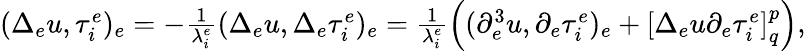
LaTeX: \begin{array}{r}{(\Delta_{e}u,\tau_{i}^{e})_{e}=-\frac{1}{\lambda_{i}^{e}}(\Delta_{e}u,\Delta_{e}\tau_{i}^{e})_{e}=\frac{1}{\lambda_{i}^{e}}\left((\partial_{e}^{3}u,\partial_{e}\tau_{i}^{e})_{e}+\left[\Delta_{e}u\partial_{e}\tau_{i}^{e}\right]_{q}^{p}\right),}\end{array}